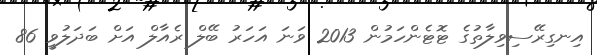
އިނގިރޭސިވިލާތުގެ ޓޮޓެންހަމުން 2013 ވަނަ އަހަރު ބޭލް ރެއާލް އަށް ބަދަލުވީ 86